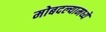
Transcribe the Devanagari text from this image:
मोबदल्यामध्ये